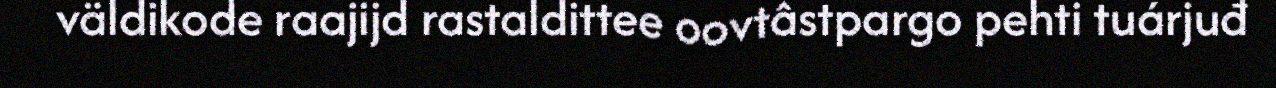
väldikode raajijd rastaldittee oovtâstpargo pehti tuárjuđ